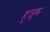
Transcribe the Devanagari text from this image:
हुजुक